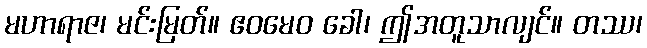
မဟာရာဇ၊ မင်းမြတ်။ ဧဝမေဝ ခေါ၊ ဤအတူသာလျင်။ တဿ၊